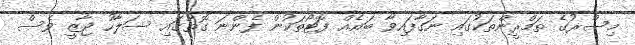
މިސްރުގެ ތަމްރީންތަކުގައި ނަގާފައިވާ ބައެއް ފޮޓޯތަކުން ފެންނަ ގޮތުގައި ސަލާހު ޖާޒީ ވެސް